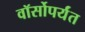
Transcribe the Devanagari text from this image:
वॉर्सोपर्यंत